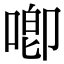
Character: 喞